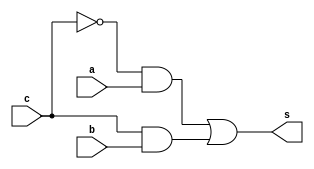
// ------------------------- 
// Exemplo0034 - F4 
// Nome: Jonatas Sena Ferreira
// ------------------------- 
// ------------------------- 
// optador1b 
// ------------------------- 
module op1b (output s, input a, input b, input c); 
// --descrio
wire s1, s2;

and AND1 (s1, ~c, a);
and AND2 (s2, c, b);
or OR1 (s, s1, s2);

endmodule // op1b 
// ------------------------- 
// ------------------------- 
// optador4b 
// ------------------------- 
module op4b (output [3:0] s, input [3:0] a, input [3:0] b,input c); 
// --descrio

op1b OP1 (s[0], a[0], b[0], c);
op1b OP2 (s[1], a[1], b[1], c);
op1b OP3 (s[2], a[2], b[2], c);
op1b OP4 (s[3], a[3], b[3], c);

endmodule // op4b 

// ------------------------- 
module selI1b (output s, input a, input c); 

xor xor1 (s, a, c);
endmodule // selI1b 

// ------------------------- 
module selI4b (output [3:0] s, input [3:0] a, input c); 

xor XOR0 (s[0], a[0], c);
xor XOR1 (s[1], a[1], c);
xor XOR2 (s[2], a[2], c);
xor XOR3 (s[3], a[3], c);
endmodule // selI4b 

// ------------------------- 
// f4_gate 
// ------------------------- 
module f4 (output [3:0] s1,output [3:0] s2, input [3:0] a, input [3:0] b,input c); 

wire [3:0] fioAND, fioOR;

and AND1 (fioAND[0], a[0], b[0]);
and AND2 (fioAND[1], a[1], b[1]);
and AND3 (fioAND[2], a[2], b[2]);
and AND4 (fioAND[3], a[3], b[3]);

or OR1 (fioOR[0], a[0], b[0]);
or OR2 (fioOR[1], a[1], b[1]);
or OR3 (fioOR[2], a[2], b[2]);
or OR4 (fioOR[3], a[3], b[3]);

selI4b si1 (s1, fioAND, c);
selI4b si2 (s2, fioOR, c);

endmodule // f4 
// ------------------------- 
module test_f4; 
// ------------------------- definir dados 
reg [3:0] x; 
reg [3:0] y; 
reg c;
wire [3:0] z1, z2; 
f4 modulo (z1, z2, x, y, c); 
// ------------------------- parte principal 
initial begin 
$display("Exemplo0033 -  Jonatas Sena Ferreira - 427424"); 
$display("Test LU's module"); 
x = 4'b0011; y = 4'b0101; c=0;
// projetar testes do modulo 
#1 $monitor("%3b %3b option: %1b == %3b also %3b",x,y,c,z1,z2); 
#1 c=1;
#1 x = 4'b1010; y = 4'b1101; c=0;
#1 x = 4'b1010; y = 4'b1101; c=1;
#1 x = 4'b1111; y = 4'b1111; c=0;
#1 x = 4'b1111; y = 4'b1111; c=1;
#1 x = 4'b0100; y = 4'b0010; c=0;
#1 x = 4'b0000; y = 4'b1000; c=1;
#1 x = 4'b1011; y = 4'b0101; c=0;
#1 x = 4'b1010; y = 4'b0101; c=1;
end 
endmodule // test_f4